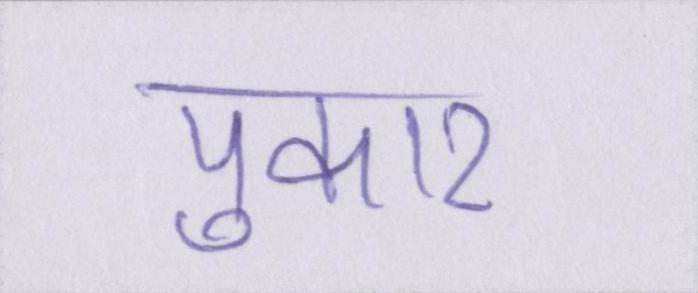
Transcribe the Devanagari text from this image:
पुकार